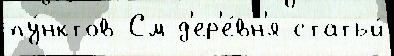
пу́нктов См д'ер'е́вн'я статьи́